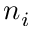
n _ { i }